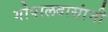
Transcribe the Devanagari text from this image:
गोपालदासांनी